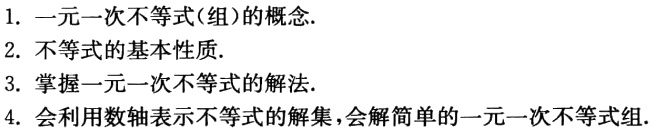
1. 一元一次不等式(组)的概念.

2. 不等式的基本性质.

3. 掌握一元一次不等式的解法.

4. 会利用数轴表示不等式的解集,会解简单的一元一次不等式组.